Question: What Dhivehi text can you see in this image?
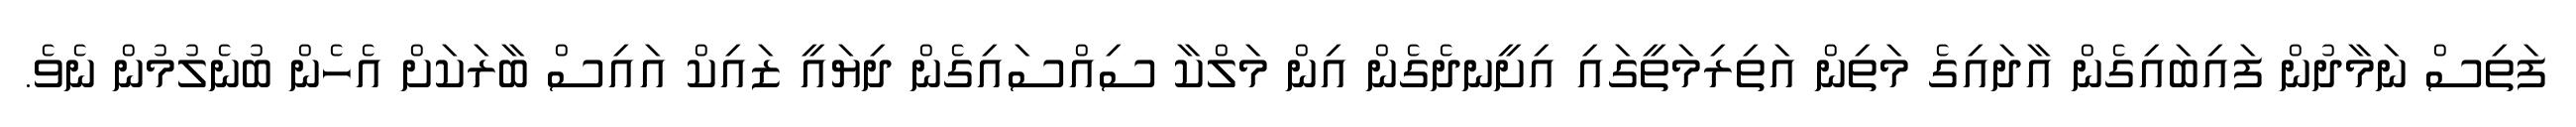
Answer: ފަތިސް ނަމާދުން ފައިބައިގެން އާދައިގެ މަތިން އަތިރިމަތީގައި އިށީނދެގެން އިން މަލްކާ ސިއްސައިގެން ދިޔައީ ޒައިކް އައިސް ބާރަކަށް އެހެން ބުނެލުމުން ނެވެ.